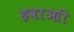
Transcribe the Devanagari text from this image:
हवाआी